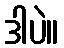
ဒါပဲ။